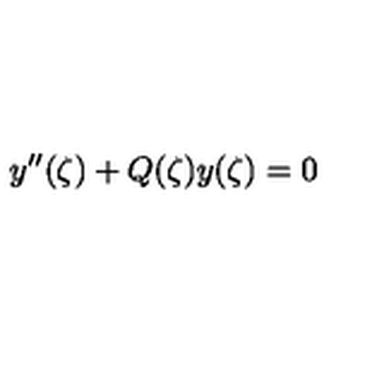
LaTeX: y ^ { \prime \prime } ( \zeta ) + Q ( \zeta ) y ( \zeta ) = 0